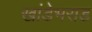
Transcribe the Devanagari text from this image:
खांडेभराड